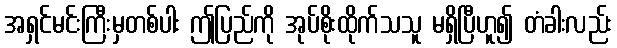
အရှင်မင်းကြီးမှတစ်ပါး ဤပြည်ကို အုပ်စိုးထိုက်သသူ မရှိပြီဟူ၍ တံခါးလည်း